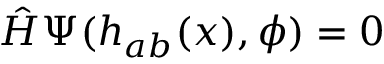
\hat { H } \Psi ( h _ { a b } ( x ) , \phi ) = 0